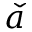
\check { a }